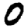
Digit: 0